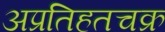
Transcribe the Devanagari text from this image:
अप्रतिहतचक्र